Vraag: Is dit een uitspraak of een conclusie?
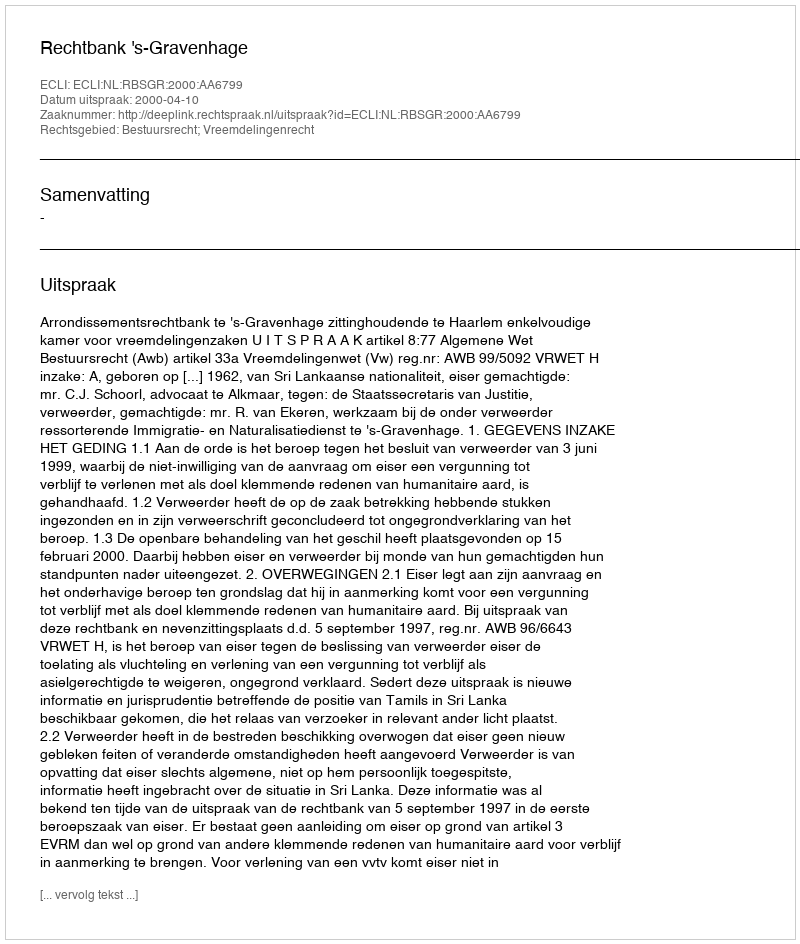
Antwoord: Uitspraak